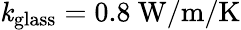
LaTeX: \mathit{k}_{\mathrm{{glass}}}=0.8\ \mathrm{{W/m/K}}